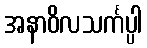
အနာဝိလသင်္ကပ္ပါ